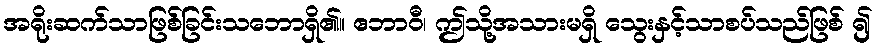
အရိုးဆက်သာဖြစ်ခြင်းသဘောရှိ၏။ ဧဘာဝီ၊ ဤသို့အသားမရှိ သွေးနှင့်သာစပ်သည်ဖြစ် ၍